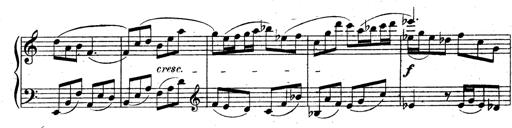
Title: 3 Sonatinas for Piano
Composer: Vissarion Shebalin